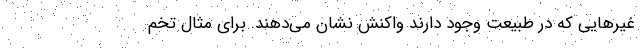
غیرهایی که در طبیعت وجود دارند واکنش نشان می‌دهند. برای مثال تخم